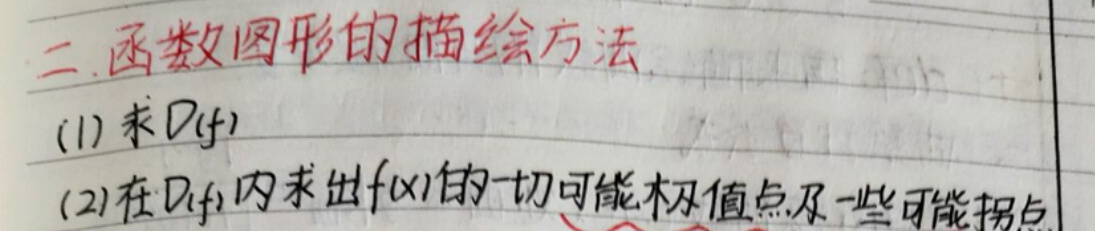
二、函数图形的描绘方法
1. 求\(D(f)\)
2. 在\(D(f)\)内求出\(f(x)\)的一切可能极值点及一些可能拐点